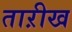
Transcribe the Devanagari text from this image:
ताऱीख